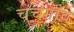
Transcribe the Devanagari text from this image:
चचगाँव